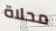
محلاة